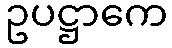
ဥပဋ္ဌာကေ